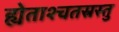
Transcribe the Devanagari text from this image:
ह्येताश्चतस्रस्तु